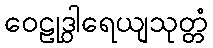
ဝေဠုဒွါရေယျသုတ္တံ